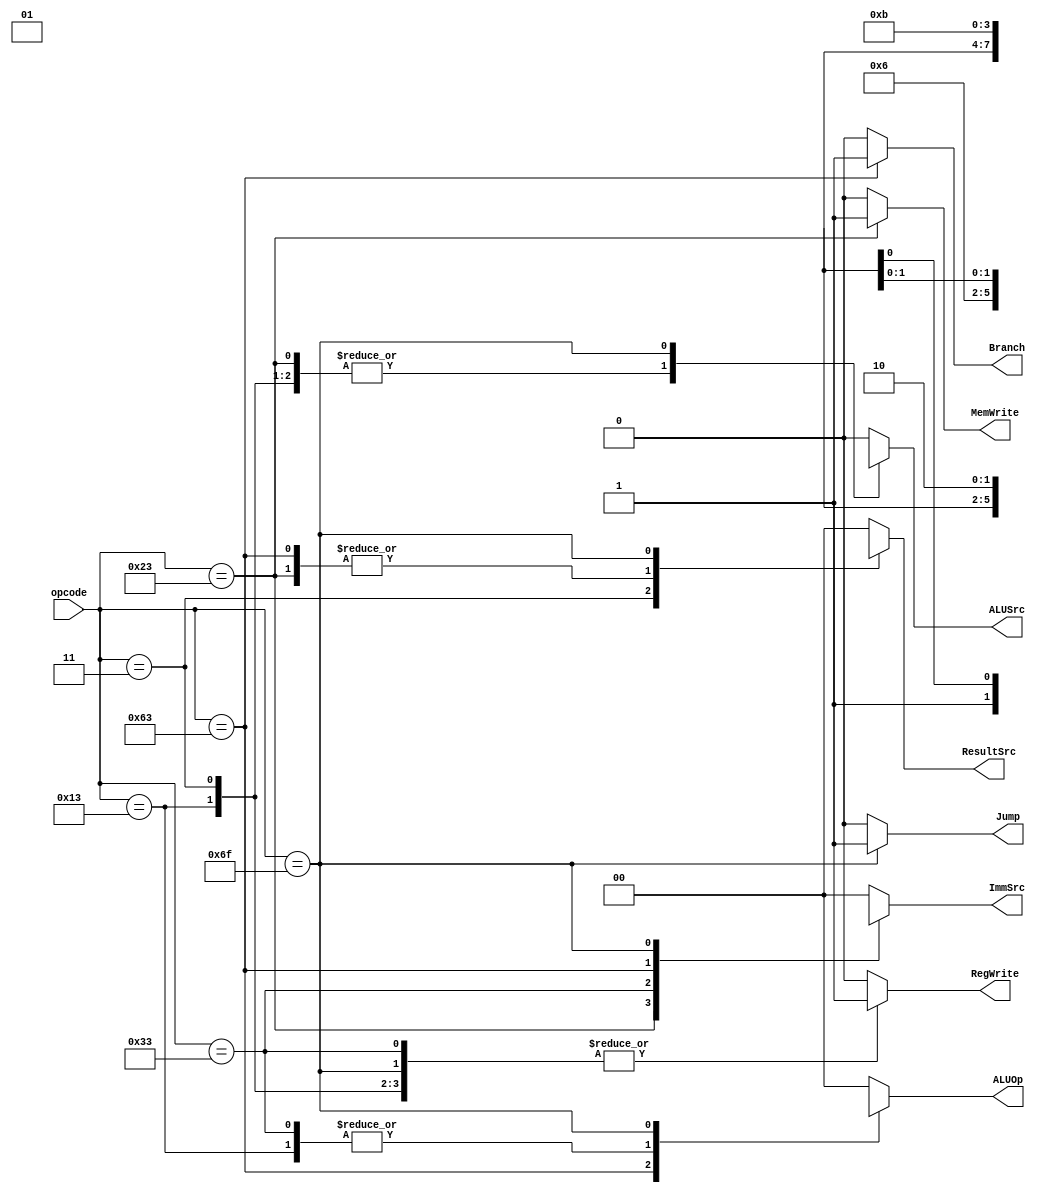
module mainDecoder (
    input [6:0] opcode, 
    output reg RegWrite,
    output reg [1:0] ImmSrc,
    output reg ALUSrc, 
    output reg MemWrite,
    output reg [1:0] ResultSrc,
    output reg Branch,
    output reg [1:0] ALUOp,
    output reg Jump 
);

always @(*) begin
    case(opcode)
        7'b0000011: // lw instruction
            begin
                RegWrite = 1;
                ImmSrc = 2'b00;
                ALUSrc = 1; 
                MemWrite = 0; 
                ResultSrc = 2'b01;
                Branch = 0;
                ALUOp = 2'b00;
                Jump = 0;
            end
        7'b0100011: // sw instruction
            begin
                RegWrite = 0;
                ImmSrc = 2'b01;
                ALUSrc = 1;
                MemWrite = 1;
                ResultSrc = 2'bxx;
                Branch = 0;
                ALUOp = 3'b00;
                Jump = 0;
            end
        7'b0110011: // R-type instruction
            begin
                RegWrite = 1;
                ImmSrc = 2'bxx;
                ALUSrc = 0;
                MemWrite = 0;
                ResultSrc = 2'b00;
                Branch = 0;
                ALUOp = 2'b10;
                Jump = 0;
            end
        7'b1100011: // beq instruction
            begin
                RegWrite = 0;
                ImmSrc = 2'b10;
                ALUSrc = 0;
                MemWrite = 0;
                ResultSrc = 2'bxx;
                Branch = 1; 
                ALUOp = 2'b01; 
                Jump = 0; 
            end
        7'b0010011: // I-type ALU instruction
            begin
                RegWrite = 1; 
                ImmSrc = 2'b00; 
                ALUSrc = 1; 
                MemWrite = 0; 
                ResultSrc = 2'b00; 
                Branch = 0; 
                ALUOp = 2'b10; 
                Jump = 0; 
            end
        7'b1101111: // jal instruction
            begin
                RegWrite = 1; 
                ImmSrc = 2'b11;
                ALUSrc = 1'bx; 
                MemWrite = 0;
                ResultSrc = 2'b10;
                Branch = 0; 
                ALUOp = 3'bxx; 
                Jump = 1;
            end
        default: // Varsaylan durum
            begin
                // Default olarak tm kontrol sinyallerini sfrla
                RegWrite = 0;
                ImmSrc = 2'b00;
                ALUSrc = 0;
                MemWrite = 0;
                ResultSrc = 2'b00;
                Branch = 0;
                ALUOp = 3'b000;
                Jump = 0;
            end
    endcase
end

endmodule